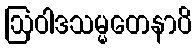
ဩဝါဒသမ္မတေနာပိ